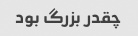
چقدر بزرگ بود